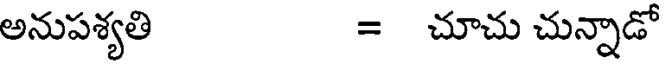
అనుపశ్యతి = చూచు చున్నాడో